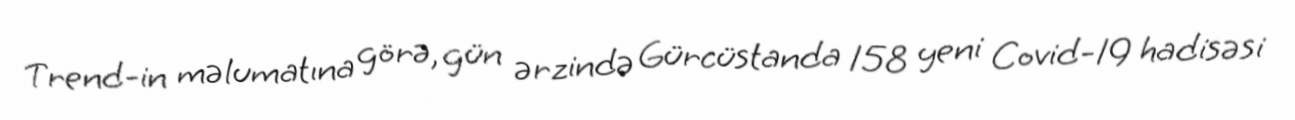
Trend-in məlumatına görə, gün ərzində Gürcüstanda 158 yeni Covid-19 hadisəsi